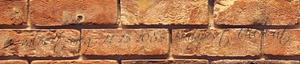
és valósít meg. 11 15 1085 Budapest, Üllõi út